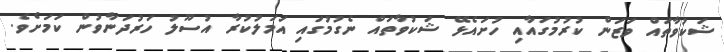
ޝަކުވާތައް ވަޒަން ކުރުމުގައާއި ހުށައެޅޭ ޝަކުވާތައް ނެގުމުގައި އަމަލުކުރާ އުސޫލު ހަރުދަނާވުން ކަމަށެވެ.